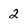
Character: 2